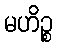
မဟိဉ္စ